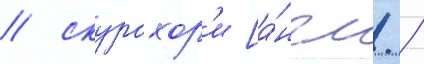
/ скурохор'и [а́нгл. /